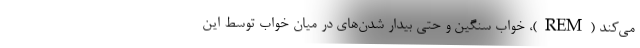
می‌کند (REM)، خواب سنگین و حتی بیدار شدن‌های در میان خواب توسط این